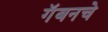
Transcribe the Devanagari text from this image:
गॅबनचे